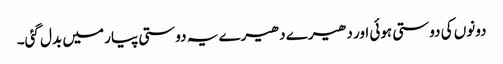
دونوں کی دوستی ہوئی اور دھیرے دھیرے یہ دوستی پیار میں بدل گئی۔